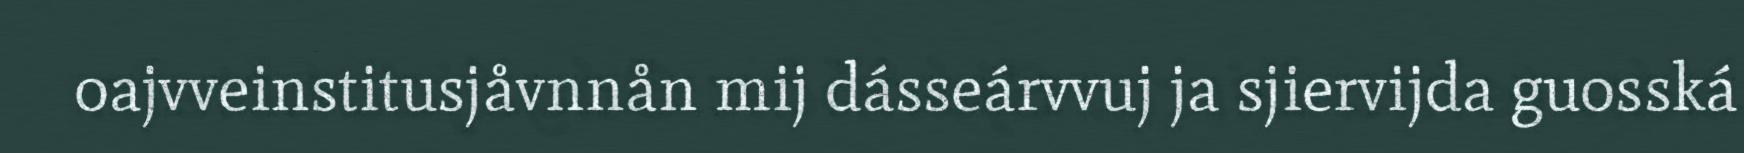
oajvveinstitusjåvnnån mij dásseárvvuj ja sjiervijda guosská